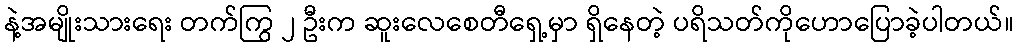
နဲ့အမျိုးသားရေး တက်ကြွ ၂ ဦးက ဆူးလေစေတီရှေ့မှာ ရှိနေတဲ့ ပရိသတ်ကိုဟောပြောခဲ့ပါတယ်။